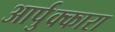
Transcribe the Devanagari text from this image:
आर्पुक्कारा